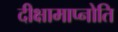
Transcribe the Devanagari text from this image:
दीक्षामाप्नोति